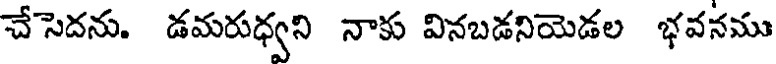
చేసెదను. డమరుధ్యని నాకు వినబడనియెడల భవనము